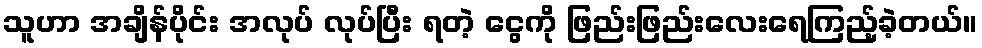
သူဟာ အချိန်ပိုင်း အလုပ် လုပ်ပြီး ရတဲ့ ငွေကို ဖြည်းဖြည်းလေးရေကြည့်ခဲ့တယ်။